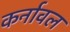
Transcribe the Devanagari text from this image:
कर्नावल